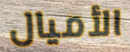
الأميال